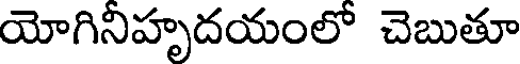
యోగినిహృదయంలో చెబుతూ